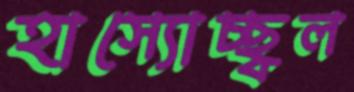
হাস্যোচ্ছ্বল